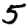
Digit: 5